Vaccination Hyderabad 1872-1889 - 1872-1889
Year: 1872
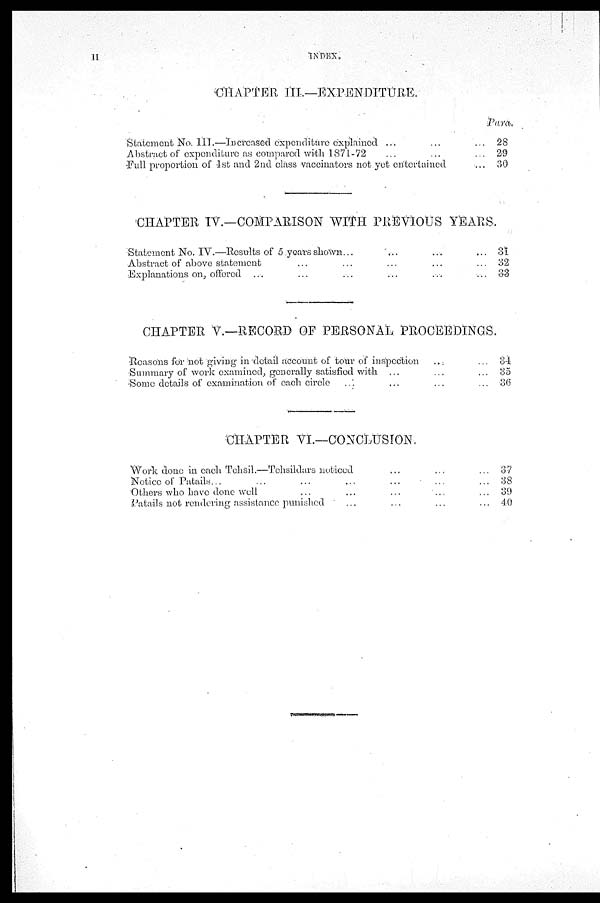
11
INDEX
CHAPTER III.—EXPENDITURE.
Statement No. III.—Increased expenditure explained ... ... ...
Abstract of expenditure as compared with 1871-72 ... ... ...
Full proportion of 1st and 2nd class vaccinators not yet entertained ...
Para.
28
29
30
CHAPTER IV.—COMPARISON WITH PREVIOUS YEARS.
Statement No. IV.—Results of 5 years shown... ...
Abstract of above statement ... ... ...
Explanations on, offered ... ... ... ...
31
32
33
CHAPTER V.—RECORD OF PERSONAL PROCEEDINGS.
Reasons for not giving in detail account of tour of inspection ... ...
Summary of work examined, generally satisfied with ... ... ...
Some details of examination of each circle ... ... ...
34
35
36
CHAPTER VI.—CONCLUSION.
Work done in each Tehsil.—Tehsildars noticed ... ...
Notice of Patails... ... ... ... ... ...
Others who have done well ... ... ... ... ... ...
Patails not rendering assistance punished
... ... ... ...
37
38
39
40